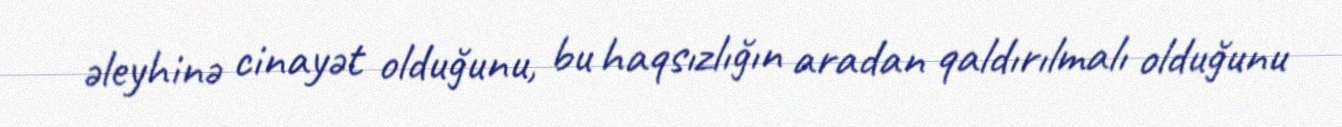
əleyhinə cinayət olduğunu, bu haqsızlığın aradan qaldırılmalı olduğunu